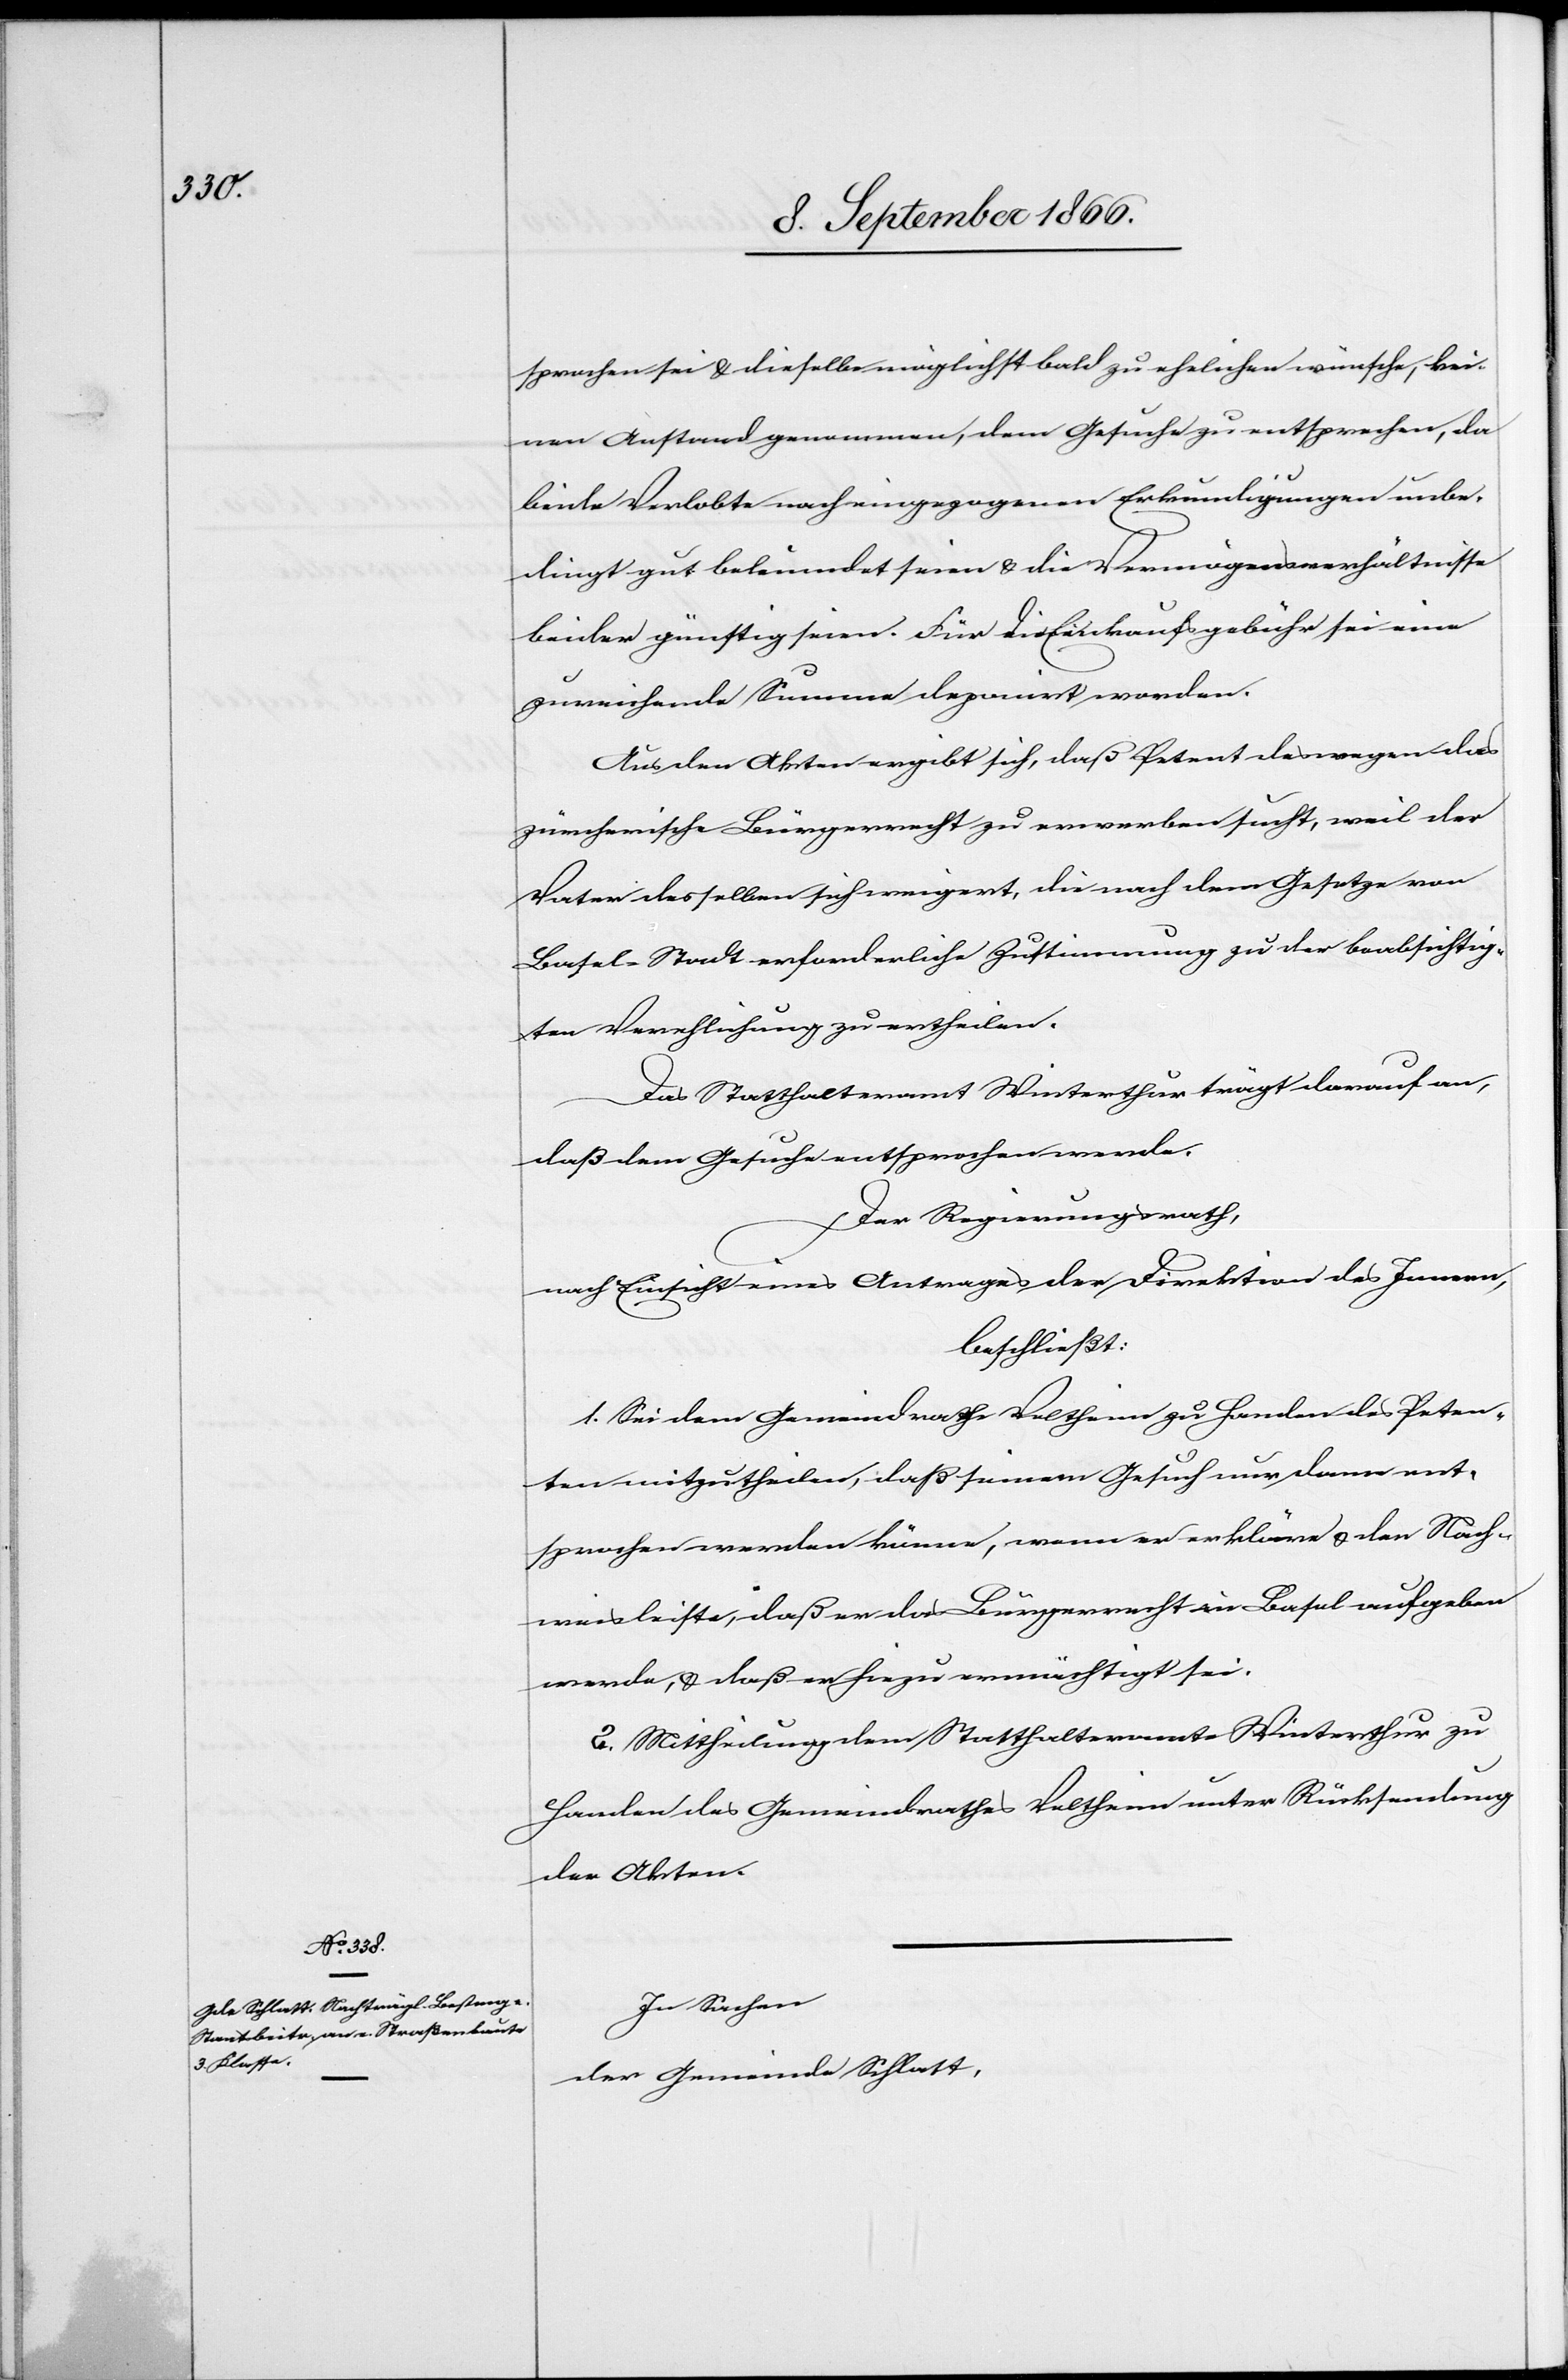
sprochen sei u. dieselbe möglichst bald zu ehelichen wünsche, kei¬
nen Anstand genommen, dem Gesuche zu entsprechen, da
beide Verlobte nach eingegangenen Erkundigungen unbe¬
dingt gut beleumdet seien u. die Vermögensverhältnisse
beider günstig seien. Für die Einkaufsgebühr sei eine
zureichende Summe deponirt worden.
Aus den Akten ergibt sich, daß Petent deswegen das
zürcherische Bürgerrecht zu erwerben sucht, weil der
Vater desselben sich weigert, die nach dem Gesetze von
Basel-Stadt erforderliche Zustimmung zu der beabsichtig¬
ten Verehlichung zu ertheilen.
Das Statthalteramt Winterthur trägt darauf an,
daß dem Gesuch entsprochen werde.
Der Regierungsrath,
nach Einsicht eines Antrages der Direktion des Innern,
beschließt:
1. Sei dem Gemeindrath Veltheim zu Handen des Peten¬
ten mitzutheilen, daß seinem Gesuch nur dann ent¬
sprochen werden könne, wenn er erkläre u. den Nach¬
weis leiste, daß er das Bürgerrecht in Basel aufgeben
werde, u. daß er hiezu ermächtigt sei.
2. Mittheilung dem Statthalteramte Winterthur zu
Handen des Gemeindrathes Veltheim unter Rücksendung
der Akten.
In Sachen
der Gemeinde Schlatt,